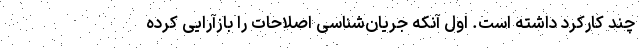
چند کارکرد داشته است. اول آنکه جریان‌شناسی اصلاحات را بازآرایی کرده